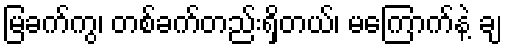
မြခက်ကွ၊ တစ်ခက်တည်းရှိတယ်၊ မကြောက်နဲ့ ချ